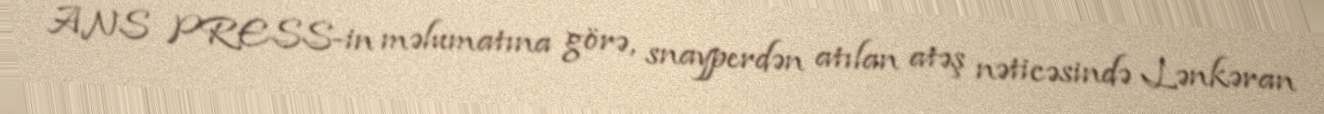
ANS PRESS-in məlumatına görə, snayperdən atılan atəş nəticəsində Lənkəran